Annual administration report of the Civil Veterinary Department of India - 1892-1893
Year: 1892
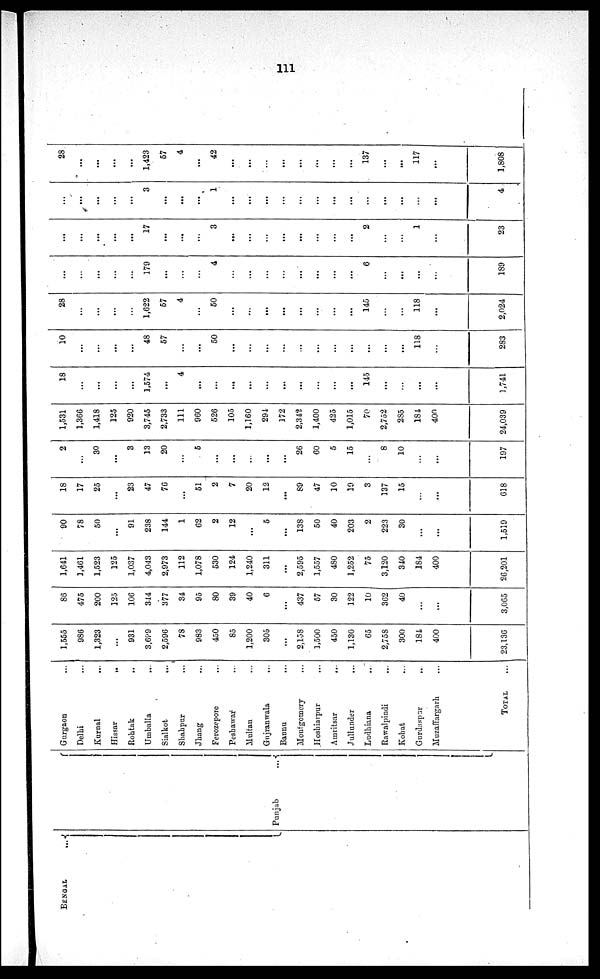
111
BENGAL
...
Punjab
...
Gurgaon ...
Delhi ...
Kurnal
...
Hissar
...
Rohtak ...
Umballa ...
Sialkot
...
Shahpur ...
Jhang ...
Ferozepore ...
Peshawar ...
Multan ...
Gujranwala ...
Bannu
...
Montgomery ...
Hoshiarpur ...
Amritsar
...
Jullunder
...
Ludhiana ...
Rawalpindi ...
Kohat ...
Gurdaspur
...
Muzaffargarh ...
TOTAL ...
1,555
986
1,323
...
931
3,699
2,596
78
983
450
85
1,200
305
...
2,158
1,500
450
1,130
65
2,758
300
184
400
23,136
86
475
200
125
106
344
377
34
95
80
39
40
6
...
437
57
30
122
10
362
40
...
...
3,065
1,641
1,461
1,523
125
1,037
4,043
2,973
112
1,078
530
124
1,240
311
...
2,595
1,557
480
1,252
75
3,120
340
184
400
26,201
90
78
50
...
91
238
144
1
62
2
12
...
5
...
138
50
40
203
2
223
30
...
...
1,519
18
17
25
...
23
47
76
...
51
2
7
20
12
...
89
47
10
19
3
137
15
...
...
618
2
...
30
...
3
13
20
...
5
...
...
...
...
...
26
60
5
15
...
8
10
...
...
197
1,531
1,366
1,418
125
920
3,745
2,733
111
960
526
105
1,160
294
172
2,342
1,400
425
1,015
70
2,752
285
184
400
24,039
18
...
...
...
...
1,574
...
4
...
...
...
...
...
...
...
...
...
...
145
...
...
...
...
1,741
10
...
...
...
...
48
57
...
...
50
...
...
...
...
...
...
...
...
...
...
...
118
...
283
28
...
...
...
...
1,622
57
4
...
50
...
...
...
...
...
...
...
...
145
...
...
118
...
2,024
...
...
...
...
...
179
...
...
...
4
...
...
...
...
...
...
...
...
6
...
...
...
...
189
...
...
...
...
...
17
...
...
...
3
...
...
...
...
...
...
...
...
2
...
...
1
...
23
...
...
...
...
...
3
...
...
...
1
...
...
...
...
...
...
...
...
...
...
...
...
...
4
28
...
...
...
...
1,423
57
4
...
42
...
...
...
...
...
...
...
...
137
...
...
117
...
1,808